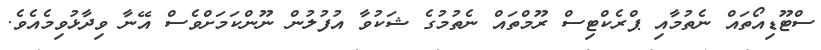
ސްޓޫޑިއޯތައް ނެތުމާއި ޕްރެކްޓިސް ރޫމްތައް ނެތުމުގެ ޝަކުވާ އުފުލުން ނޫންކަމަށްވެސް އޭނާ ވިދާޅުވިމެއެވެ.